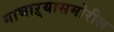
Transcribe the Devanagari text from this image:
गाभाऱ्यासमोरील